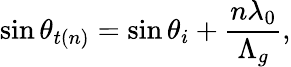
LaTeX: \sin\theta_{t(n)}=\sin\theta_{i}+\frac{n\lambda_{0}}{\Lambda_{g}},